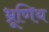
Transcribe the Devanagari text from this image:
भ्रूणिय